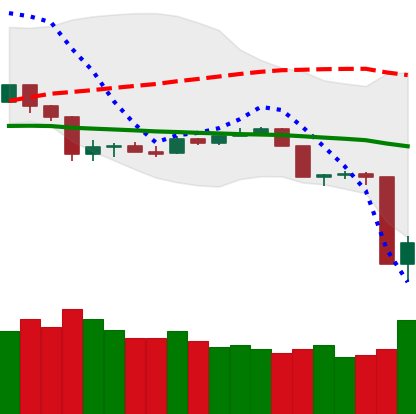
Ticker: TRX-USD
Chart end date: 2020-03-13
Forward return: -3.026%
Label: down_3_5